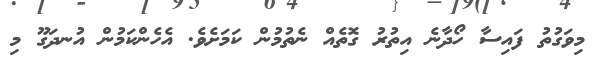
މިވަގުތު ފައިސާ ހޯދާނެ އިތުރު ގޮތެއް ނެތުމުން ކަމަށެވެ. އެހެންކަމުން އުނދަގޫ މި